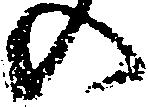
の